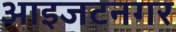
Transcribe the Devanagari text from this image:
आइजटनगर